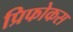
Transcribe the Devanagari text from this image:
प्रिफोकस